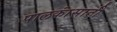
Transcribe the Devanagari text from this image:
पालकांसाठी